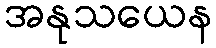
အနုသယေန